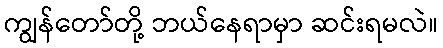
ကျွန်တော်တို့ ဘယ်နေရာမှာ ဆင်းရမလဲ။